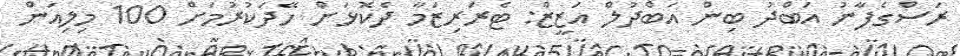
ރަސްގެފާނު އަބްދު ބިން އަބްދުލް އަޒީޒް: ޓެރަރިޒަމާ ދެކޮޅަށް ހޭދަކުރުމަށް 100 މިލިއަން